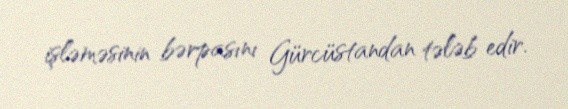
işləməsinin bərpasını Gürcüstandan tələb edir.